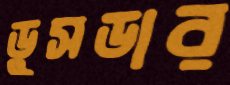
ডুসডার